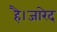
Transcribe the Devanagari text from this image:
है।जारेद